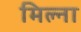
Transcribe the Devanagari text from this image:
मिल्ना